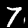
Label: 7